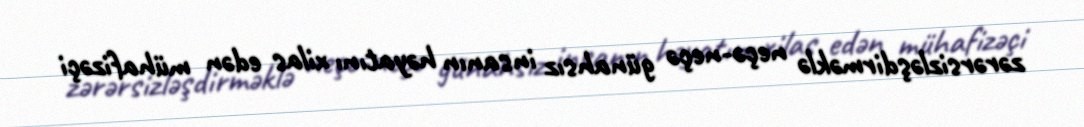
zərərsizləşdirməklə neçə-neçə günahsız insanın həyatını xilas edən mühafizəçi